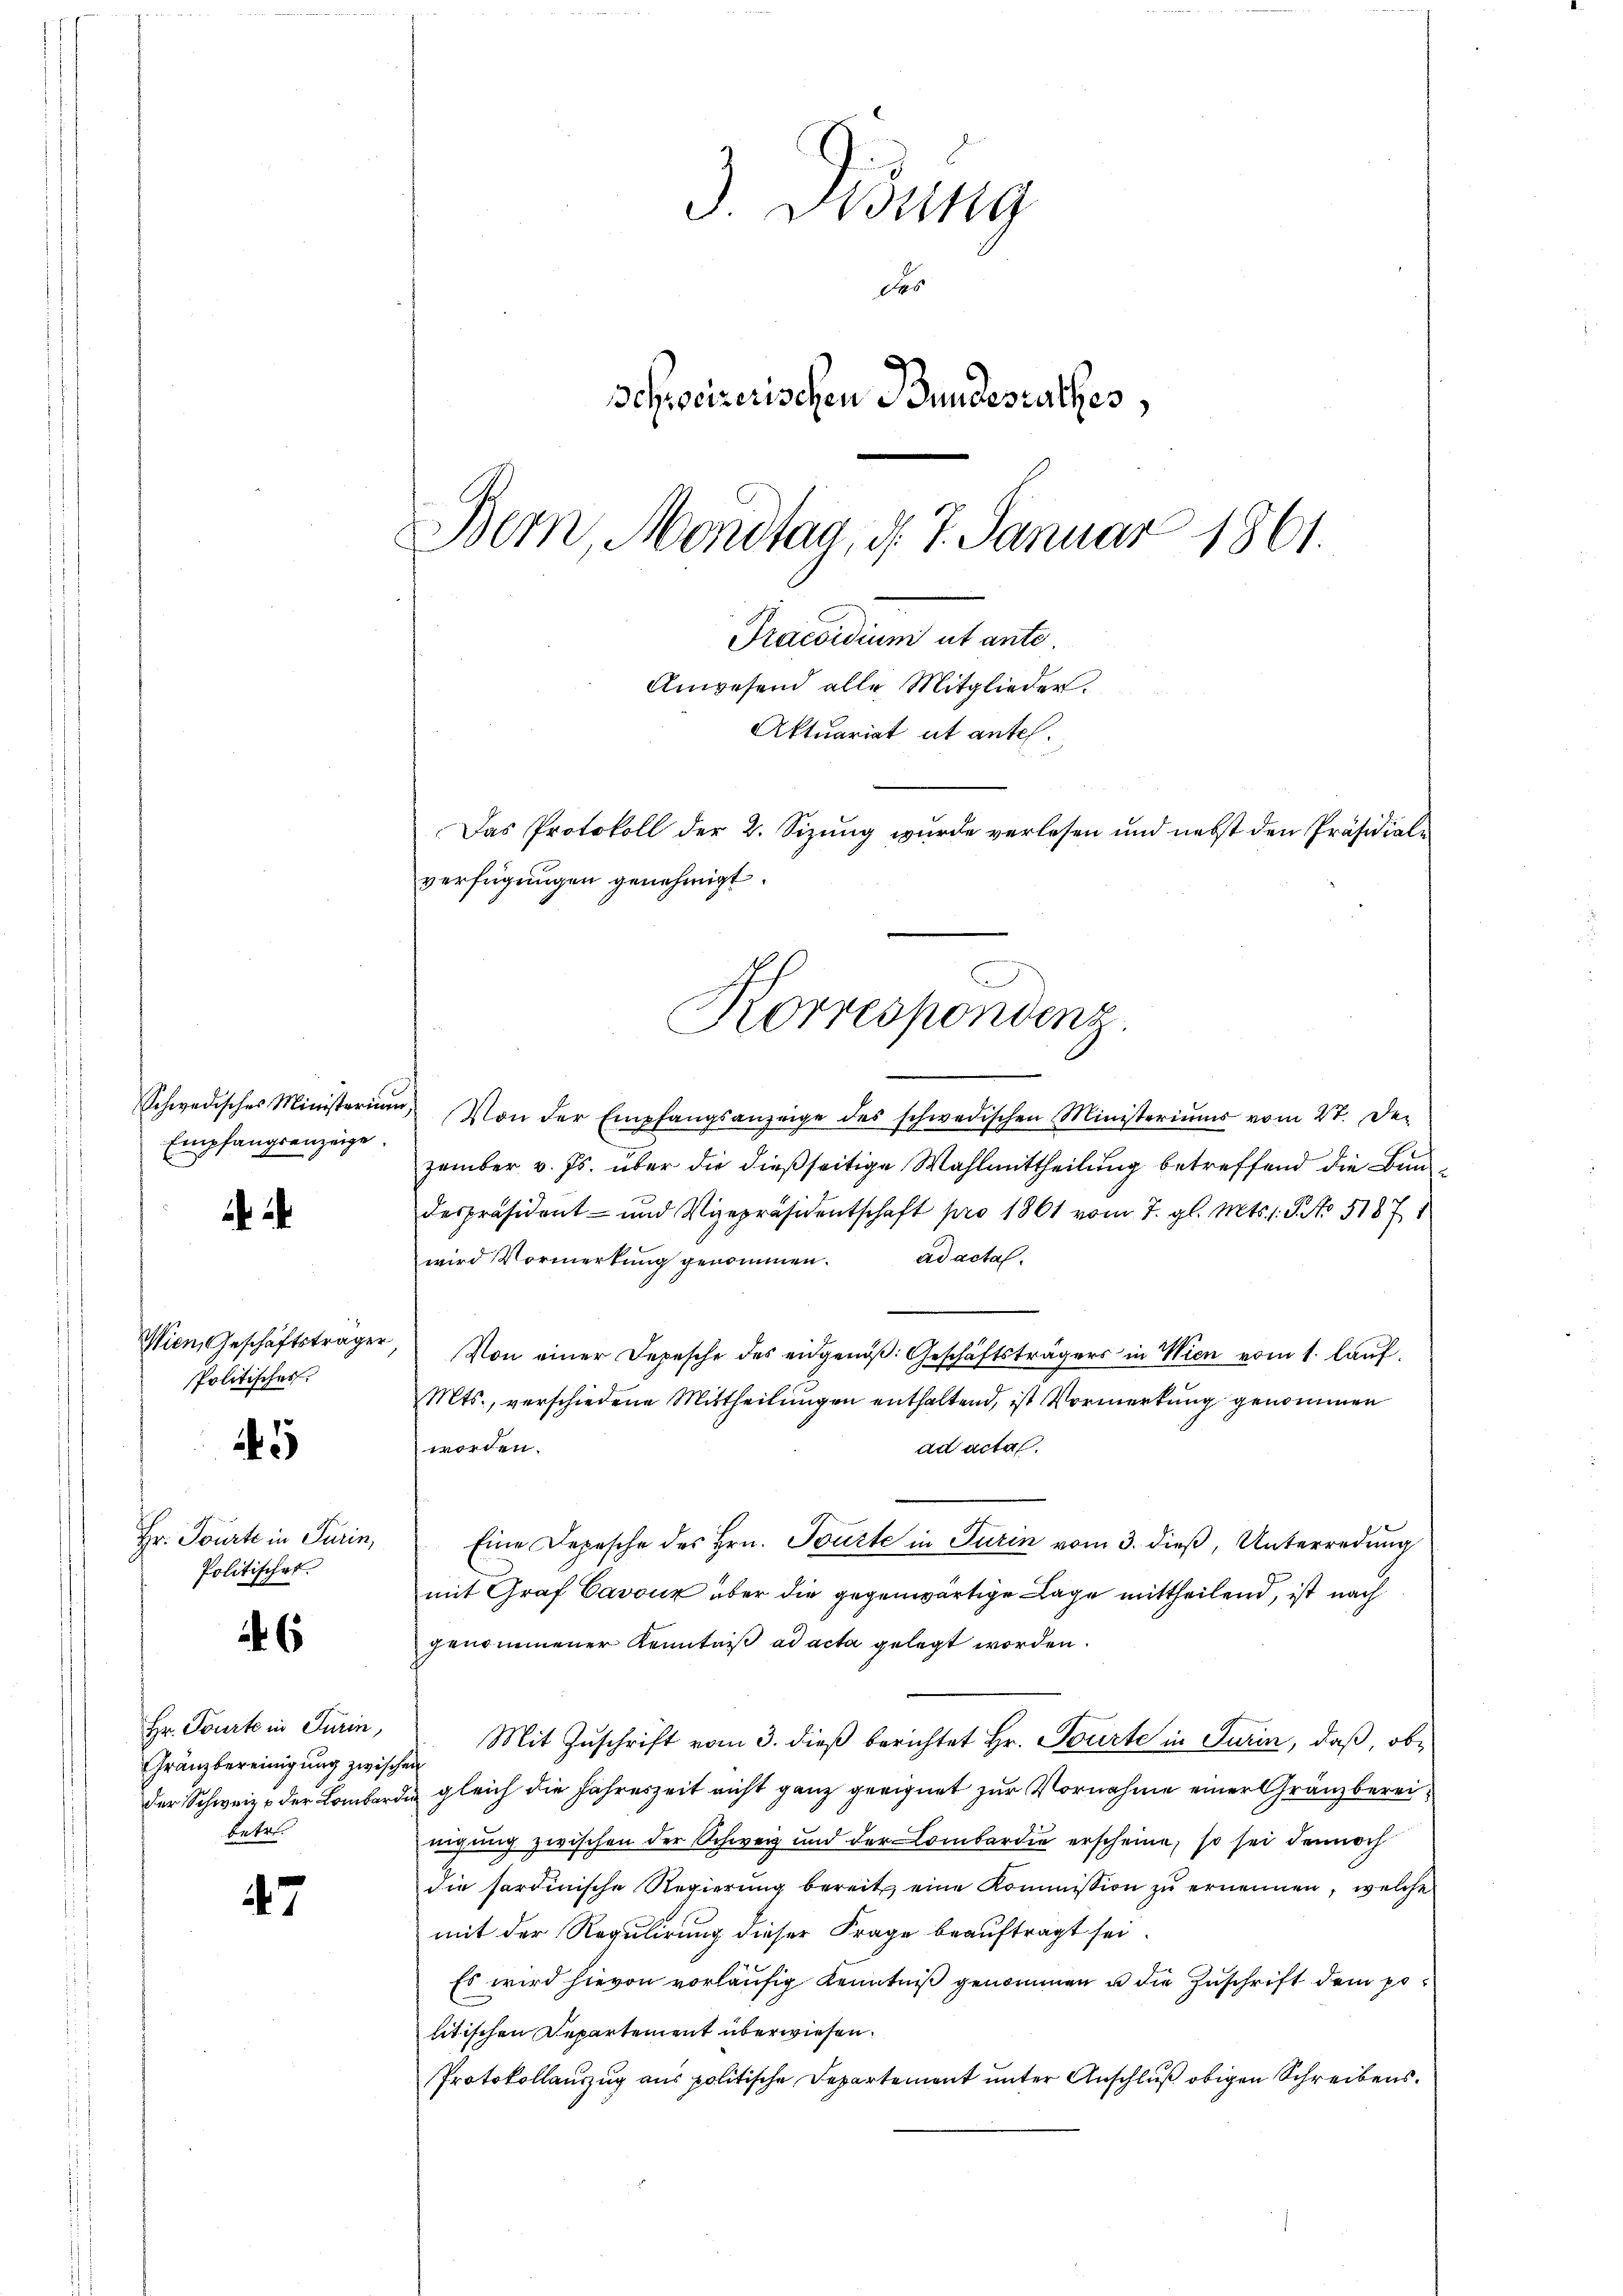
Empfangsanzeige.

Wien, Geschäftsträger
Politisches

5

Hr. Tourte in Turin,
Politischet.

6

Hr. Tourte in Turin,
Gränzbereinigung zwischen
betr.

47

3. Disung
des
Schweizerischen Bundesrathes,
Bern, Mondtag, d. 7. Januar 1861.
Praesidium et ante.
Anwesend alle Mitglieder.
Aktuariat et antel.
Das Protokoll der 2. Sizung wurde verlesen und nebst den Präsidiale
verfügungen genehmigt.

Korrespondenz.

Schwedisches Ministerium. Von der Empfangsanzeige des schwedischen Ministeriums vom 27. De-
zember v. Js. über die dießseitige Wahlmittheilung betreffend die Bundespräsident- und Vizepräsidentschaft pro 1861 vom 7. gl. Mts. 1. P. No 5187
wird Vormerkung genommen. ad acta
Von einer Depesche des eidgenöβ: Geschäftsträgers in Wien vom 1. laŭf.
Mts., verschiedene Mittheilungen enthaltend, ist Vormerkung genommen
worden.
ad actas.
Eine Depesche des Hrn. Tourte in Turin vom 3. dieß, Unterredung
mit Graf Cavouz über die gegenwärtige Lage mittheilend, ist nach
genommener Kenntniß ad acta gelegt worden.
Mit Zuschrift vom 3. dieß berichtet Hr. Tourte in Turin, daß, obder Schweiz der Lombardi gleich die Jahreszeit nicht ganz geeignet zur Vornahme einer Gränzbereinigung zwischen der Schweiz und der Lombardie erscheine, so sei dennoch
die fordinische Regierŭng bereit, eine Kommission zŭ ernennen, welche
mit der Regulirung dieser Frage beauftragt sei.
Es wird hievon vorläufig Kenntniß genommen u die Zuschrift dem politischen Departement überwiesen.
Protokollauszug aus politische Departement unter Anschluß obigen Schreibens¬